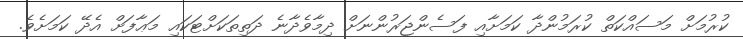
ކުރުމަށް މަސައްކަތް ކުރަމުންދާ ކަމަށާއި ފަސެންޖަރުންނަށް ދިމާވެދާނެ ދަތިތަކަށްޓަކައި މަޢާފަށް އެދޭ ކަމަށެވެ.